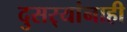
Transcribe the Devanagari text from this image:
दुसर्‍यांनाही